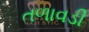
તળાવડી